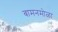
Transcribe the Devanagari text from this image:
बामनमोळा